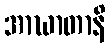
အာဃာတာနိ